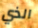
الذي